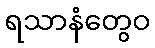
ရသာနံတွေဝ